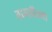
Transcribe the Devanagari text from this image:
नायारितची